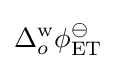
\Delta _{o}^{\text{w}}\phi _{\text{ET}}^{\ominus }